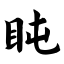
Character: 盹